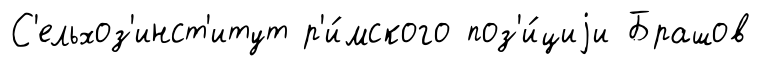
С'ельхоз'инст'итут р'и́мского поз'и́циjи Брашов